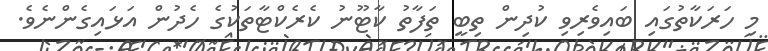
މި ހަރަކާތުގައި ބައިވެރިވި ކުދިން ތިބީ ތަފާތު ކާޓޫނު ކެރެކްޓާތަކުގެ ހެދުން އަޅައިގެންނެވެ.